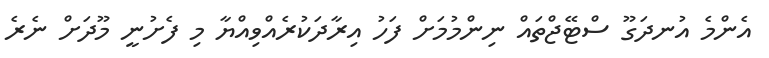
އެންމެ އުނދަގޫ ސްޓޭޖްތައް ނިންމުމަށް ފަހު އިރާދަކުރެއްވިއްޔާ މި ފެށުނީ މޫދަށް ނެރެ